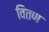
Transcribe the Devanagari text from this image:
वितण